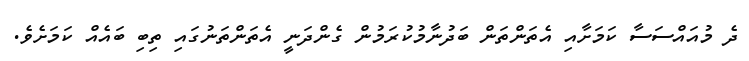
ދެ މުއައްސަސާ ކަމަށާއި އެތަންތަން ބަދުނާމުކުރަމުން ގެންދަނީ އެތަންތަނުގައި ތިބި ބައެއް ކަަމަށެވެ.